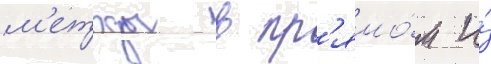
м'етоды в пр'ямо́м и́